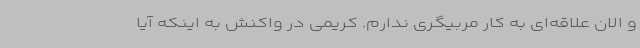
و الان علاقه‌ای به کار مربیگری ندارم. کریمی در واکنش به اینکه آیا